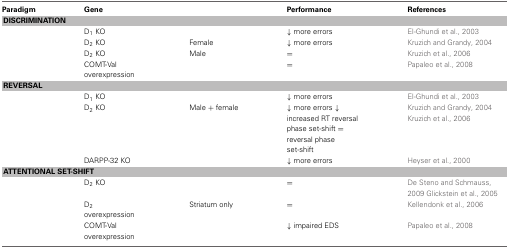
<table><thead><tr><td><b>Paradigm</b></td><td><b>Gene</b></td><td></td><td><b>Performance</b></td><td><b>References</b></td></tr></thead><tbody><tr><td colspan="5"><b>DISCRIMINATION</b></td></tr><tr><td></td><td>D<sub>1</sub> KO</td><td></td><td>↓ more errors</td><td>El-Ghundi et al., 2003</td></tr><tr><td></td><td>D<sub>2</sub> KO</td><td>Female</td><td>↓ more errors</td><td>Kruzich and Grandy, 2004</td></tr><tr><td></td><td>D<sub>2</sub> KO</td><td>Male</td><td>=</td><td>Kruzich et al., 2006</td></tr><tr><td></td><td>COMT-Val overexpression</td><td></td><td>=</td><td>Papaleo et al., 2008</td></tr><tr><td colspan="5"><b>REVERSAL</b></td></tr><tr><td></td><td>D<sub>1</sub> KO</td><td></td><td>↓ more errors</td><td>El-Ghundi et al., 2003</td></tr><tr><td></td><td>D<sub>2</sub> KO</td><td>Male + female</td><td>↓ more errors ↓ increased RT reversal phase set-shift = reversal phase set-shift</td><td>Kruzich and Grandy, 2004 Kruzich et al., 2006</td></tr><tr><td></td><td>DARPP-32 KO</td><td></td><td>↓ more errors</td><td>Heyser et al., 2000</td></tr><tr><td colspan="5"><b>ATTENTIONAL SET-SHIFT</b></td></tr><tr><td></td><td>D<sub>2</sub> KO</td><td></td><td>=</td><td>De Steno and Schmauss, 2009 Glickstein et al., 2005</td></tr><tr><td></td><td>D<sub>2</sub> overexpression</td><td>Striatum only</td><td>=</td><td>Kellendonk et al., 2006</td></tr><tr><td></td><td>COMT-Val overexpression</td><td></td><td>↓ impaired EDS</td><td>Papaleo et al., 2008</td></tr></tbody></table>